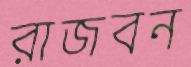
রাজবন